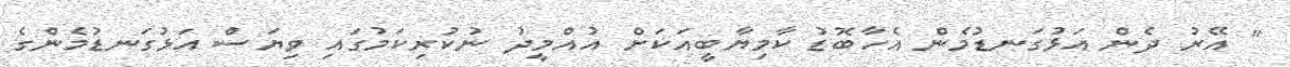
" އޭރު ދެން އަޅުގަނޑުމެން އެހާބޮޑު ކާމިޔާބީއަކަށް އުއްމީދު ނުކުރިކަމުގައި ވިޔަސް އަޅުގަނޑުމެންގެ